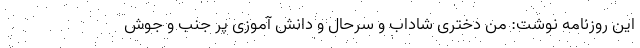
این روزنامه نوشت: من دختری شاداب و سرحال و دانش آموزی پر جنب و جوش